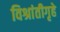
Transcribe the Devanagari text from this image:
विश्रांतीगृहे